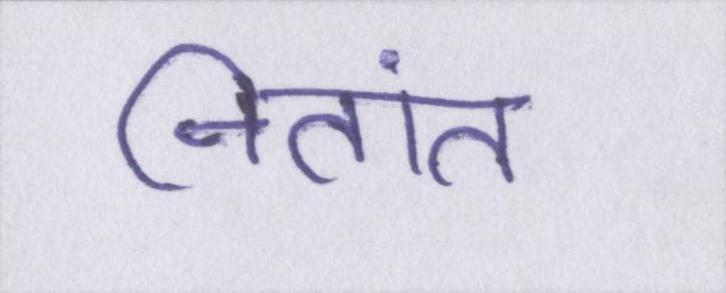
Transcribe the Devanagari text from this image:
नितांत